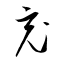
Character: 充